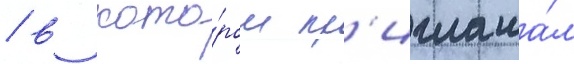
/ в кото́ром пр'иглаша́л